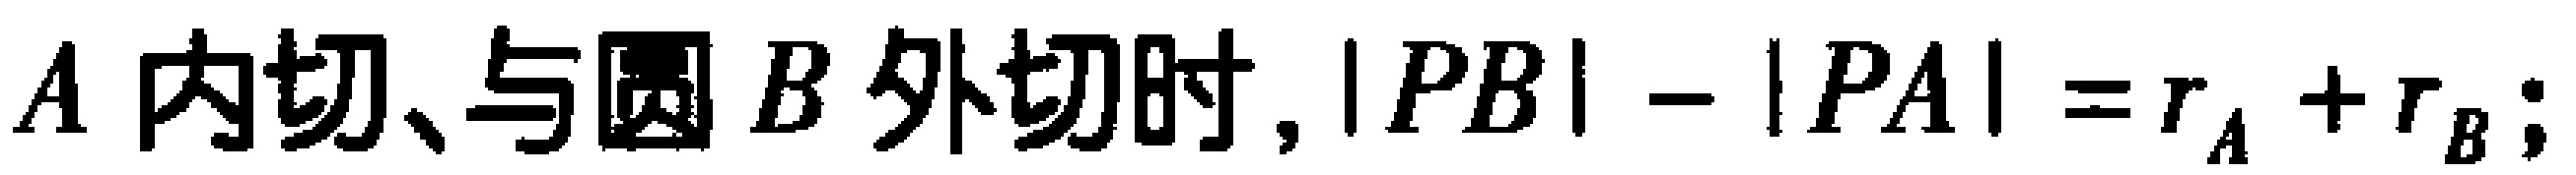
$A\text{ 内切、与圆 }B\text{ 外切时, }|PB|-|PA| = r_{A}+r_{B};$